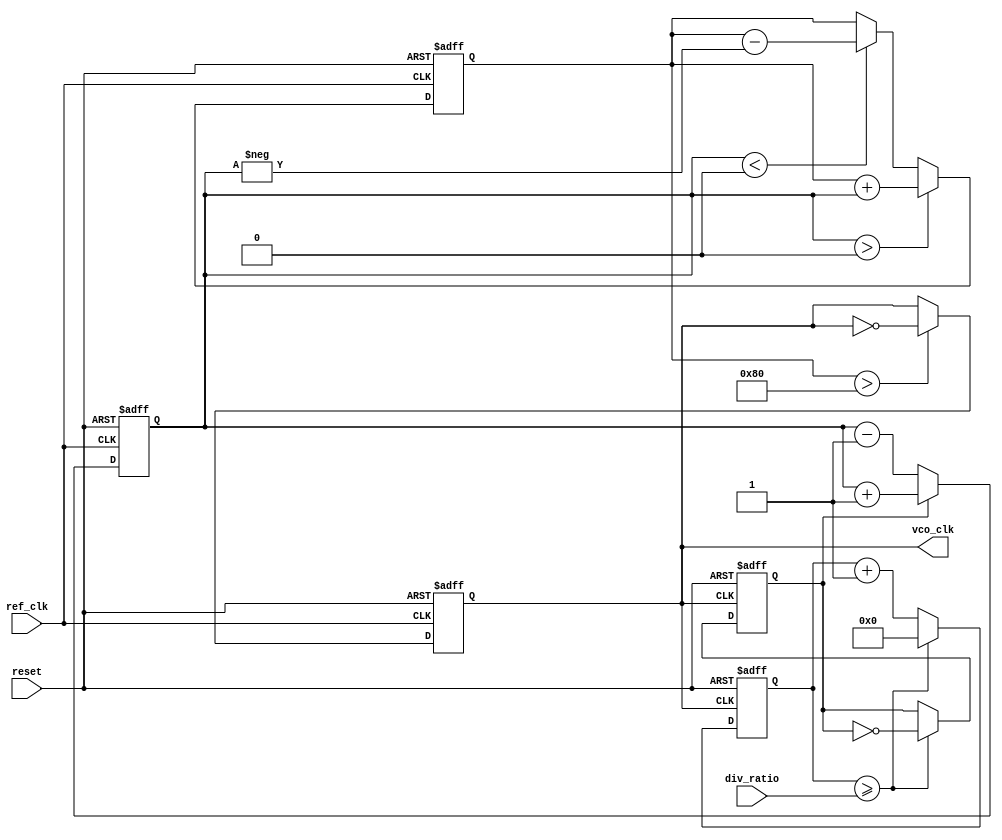
module high_performance_pll (
    input wire ref_clk,        // Reference clock input
    input wire reset,          // Reset signal
    input wire [3:0] div_ratio, // Division ratio for frequency divider
    output reg vco_clk         // Output clock from VCO
);

// Internal signals
reg fb_clk;                    // Feedback clock
reg [7:0] phase_error;         // Phase error signal
reg [7:0] control_voltage;     // Control voltage for VCO
reg [7:0] loop_filter;         // Loop filter output
reg [3:0] counter;             // Counter for frequency divider

// Phase Detector (PD)
always @(posedge ref_clk or posedge reset) begin
    if (reset) begin
        phase_error <= 8'b0;
    end else begin
        // Simple phase detection logic (to be enhanced)
        if (fb_clk) begin
            phase_error <= phase_error + 1; // Feedback clock is leading
        end else begin
            phase_error <= phase_error - 1; // Feedback clock is lagging
        end
    end
end

// Charge Pump (CP)
always @(posedge ref_clk or posedge reset) begin
    if (reset) begin
        control_voltage <= 8'b0;
    end else begin
        // Convert phase error to control voltage
        if (phase_error > 0) begin
            control_voltage <= control_voltage + phase_error; // Increase voltage
        end else if (phase_error < 0) begin
            control_voltage <= control_voltage - (-phase_error); // Decrease voltage
        end
    end
end

// Voltage-Controlled Oscillator (VCO)
always @(posedge ref_clk or posedge reset) begin
    if (reset) begin
        vco_clk <= 0;
    end else begin
        // Simple VCO logic (frequency dependent on control voltage)
        if (control_voltage > 128) begin
            vco_clk <= ~vco_clk; // Toggle output clock based on control voltage
        end
    end
end

// Frequency Divider (FD)
always @(posedge vco_clk or posedge reset) begin
    if (reset) begin
        fb_clk <= 0;
        counter <= 0;
    end else begin
        counter <= counter + 1;
        if (counter >= div_ratio) begin
            fb_clk <= ~fb_clk; // Toggle feedback clock
            counter <= 0;      // Reset counter
        end
    end
end

endmodule